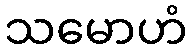
သမောဟံ